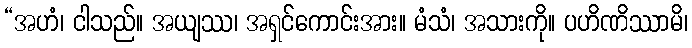
“အဟံ၊ ငါသည်။ အယျဿ၊ အရှင်ကောင်းအား။ မံသံ၊ အသားကို။ ပဟိဏိဿာမိ၊